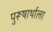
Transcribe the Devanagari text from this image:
पुरूषार्थाला